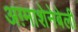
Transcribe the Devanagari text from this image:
अग़्माशेनेबेली